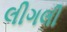
લીગલી